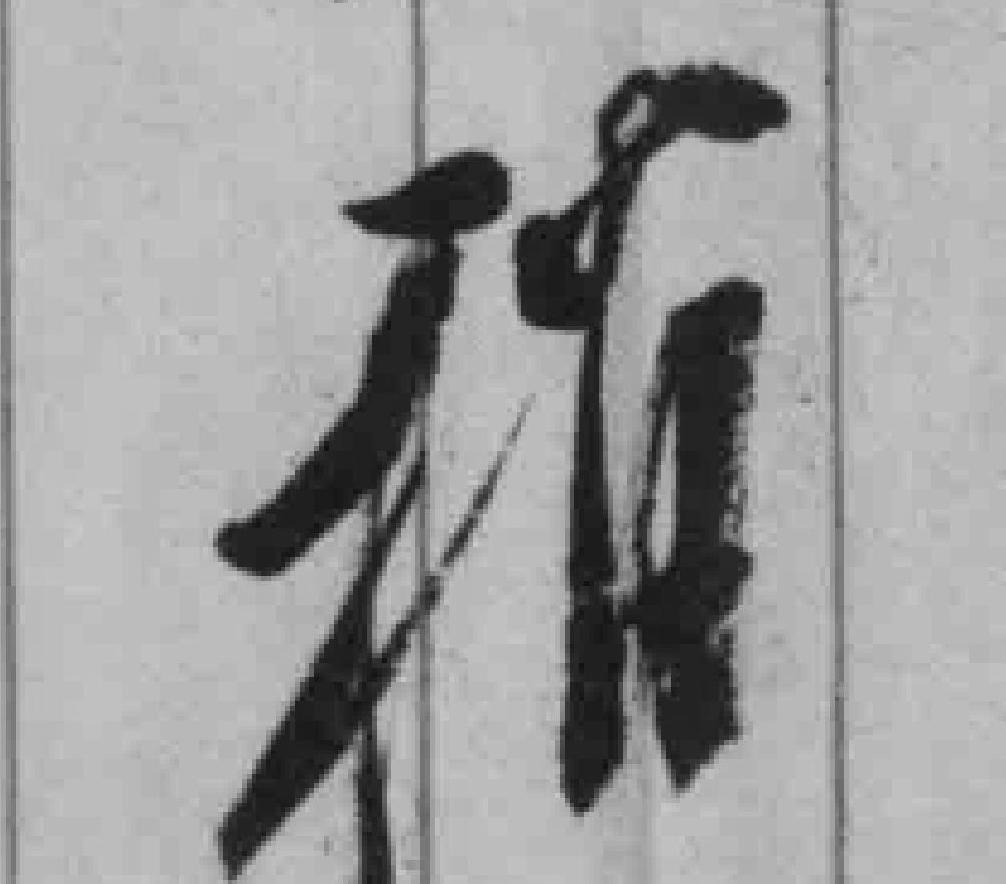
稍